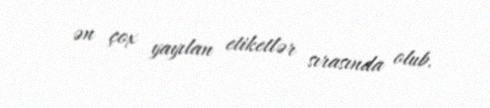
ən çox yayılan etiketlər sırasında olub.